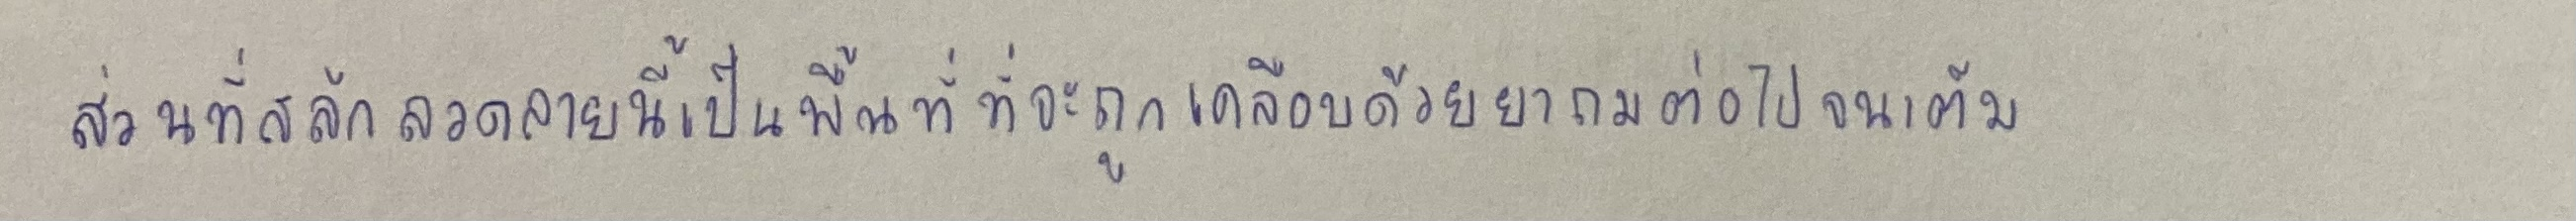
ส่วนที่สลักลวดลายนี้เป็นพื้นที่ที่จะถูกเคลือบด้วยยาถมต่อไปจนเต็ม